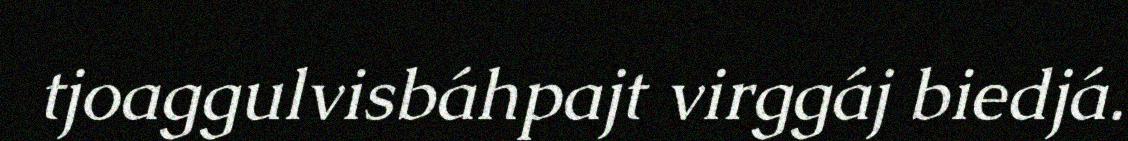
tjoaggulvisbáhpajt virggáj biedjá.